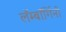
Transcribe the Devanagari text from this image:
लॅम्बॉर्गिनी